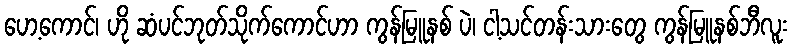
ဟေ့ကောင်၊ ဟို ဆံပင်ဘုတ်သိုက်ကောင်ဟာ ကွန်မြူနစ် ပဲ၊ ငါ့သင်တန်းသားတွေ ကွန်မြူနစ်ဘီလူး